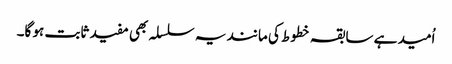
اُمید ہے سابقہ خطوط کی مانند یہ سلسلہ بھی مفید ثابت ہو گا۔